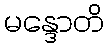
မန္ဒောတိ